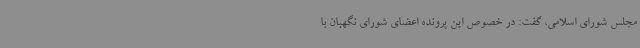
مجلس شورای اسلامی، گفت: در خصوص این پرونده اعضای شورای نگهبان با